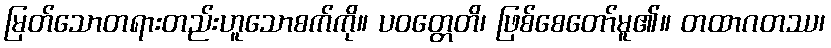
မြတ်သောတရားတည်းဟူသောစက်ကို။ ပဝတ္တေတိ၊ ဖြစ်စေတော်မူ၏။ တထာဂတဿ၊